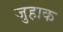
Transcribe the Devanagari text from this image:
जुहाक